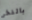
بالفخر